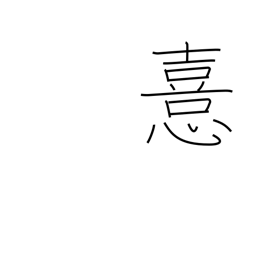
Meaning: prefer